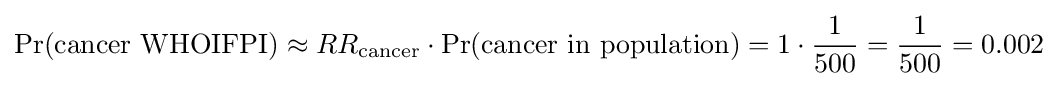
\Pr({\text{cancer WHOIFPI}})\approx RR_{\text{cancer}}\cdot \Pr({\text{cancer in population}})=1\cdot {\frac {1}{500}}={\frac {1}{500}}=0.002